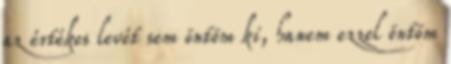
az értékes levét sem öntöm ki, hanem ezzel öntöm